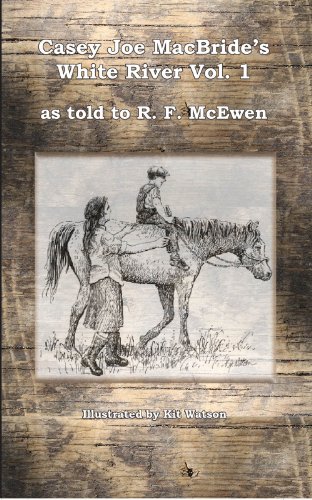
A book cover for Casey Joe MacBride's White River (Canseco-Keck History); R.F. McEwen; Teen & Young Adult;